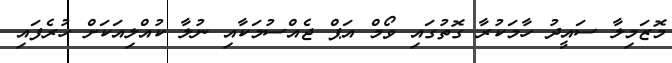
މޮޒަމިލާ ސައީދު ހާމަކުރާ ގޮތުގައި ވޯމް އަޕް ޖެއްސުމަކާއި ނުލާ ކުއްލިއަކަށް ހުރެފައި